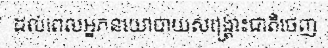
ដល់ពេលអ្នកនយោបាយសង្គ្រោះជាតិចេញ